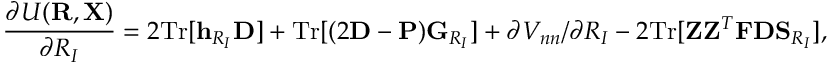
{ \displaystyle \frac { \partial { \cal U } ( { \bf R } , { \bf X } ) } { \partial R _ { I } } = 2 \mathrm { T r } [ { \bf h } _ { R _ { I } } { \bf D } ] + \mathrm { T r } [ ( 2 { \bf D } - { \bf P } ) { \bf G } _ { R _ { I } } ] + \partial V _ { n n } / \partial R _ { I } - 2 \mathrm { T r } [ { \bf Z } { \bf Z } ^ { T } { \bf F } { \bf D } { \bf S } _ { R _ { I } } ] } ,